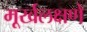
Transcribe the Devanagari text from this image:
मूर्खलक्षणे